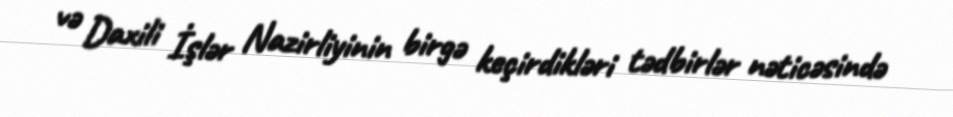
və Daxili İşlər Nazirliyinin birgə keçirdikləri tədbirlər nəticəsində